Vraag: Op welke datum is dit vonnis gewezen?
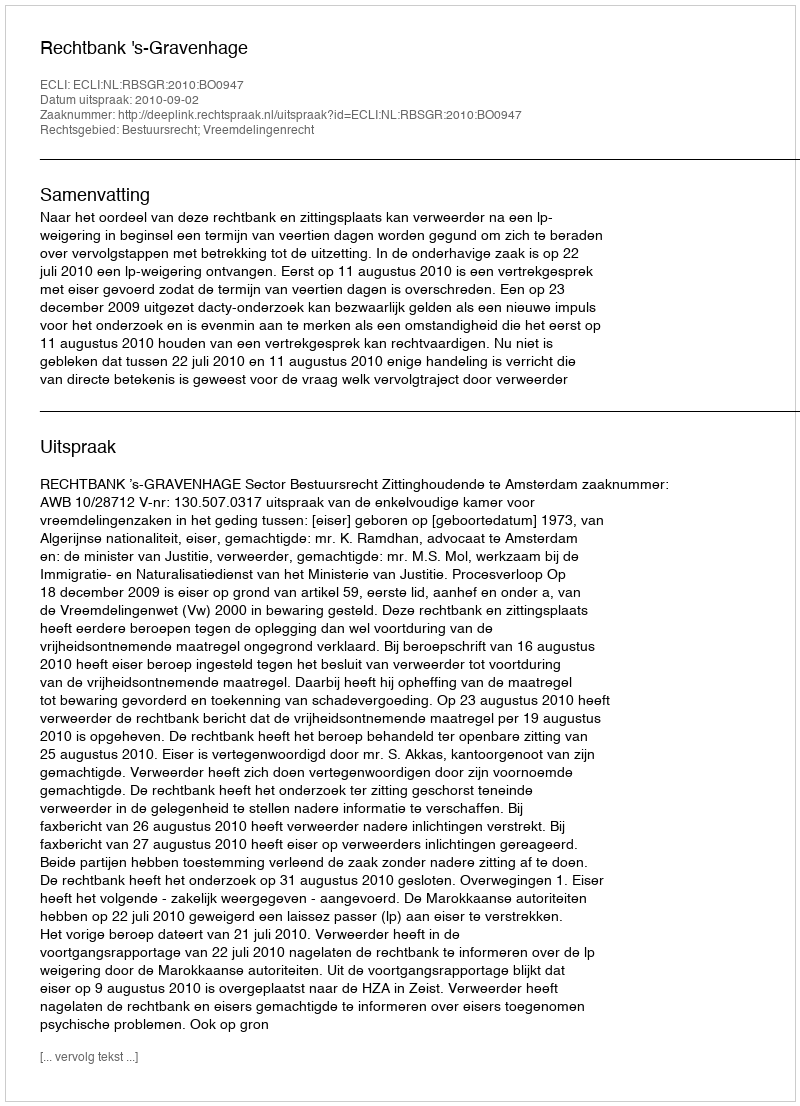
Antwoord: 2010-09-02